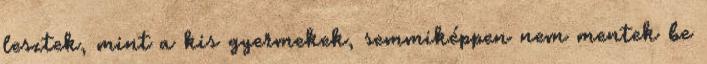
lesztek, mint a kis gyermekek, semmiképpen nem mentek be